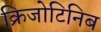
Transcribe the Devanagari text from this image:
क्रिजोटिनिब